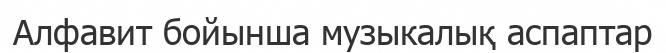
Алфавит бойынша музыкалық аспаптар